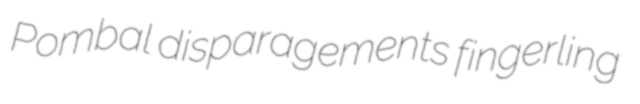
Pombal disparagements fingerling